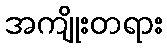
အကျိုးတရား